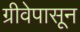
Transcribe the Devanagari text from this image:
ग्रीवेपासून